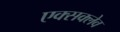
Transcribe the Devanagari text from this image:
एक्सक्लेव